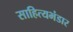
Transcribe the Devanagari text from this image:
साहित्यभंडार